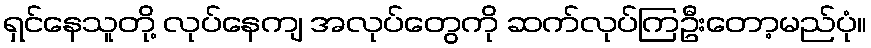
ရှင်နေသူတို့ လုပ်နေကျ အလုပ်တွေကို ဆက်လုပ်ကြဦးတော့မည်ပုံ။